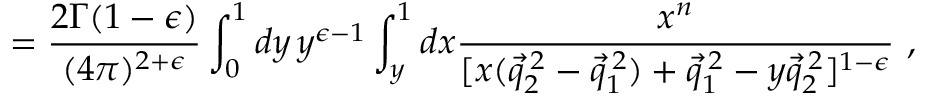
= \frac { 2 \Gamma ( 1 - \epsilon ) } { ( 4 \pi ) ^ { 2 + \epsilon } } \int _ { 0 } ^ { 1 } d y \, y ^ { \epsilon - 1 } \int _ { y } ^ { 1 } d x \frac { x ^ { n } } { [ x ( \vec { q } _ { 2 } ^ { \: 2 } - \vec { q } _ { 1 } ^ { \: 2 } ) + \vec { q } _ { 1 } ^ { \: 2 } - y \vec { q } _ { 2 } ^ { \: 2 } ] ^ { 1 - \epsilon } } ~ ,